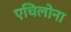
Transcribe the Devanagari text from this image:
एचिलोना